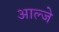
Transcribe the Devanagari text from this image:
आल्जे